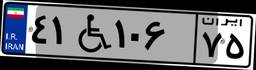
۱۱W۵۴۴۸۰